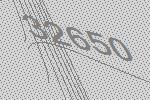
32650